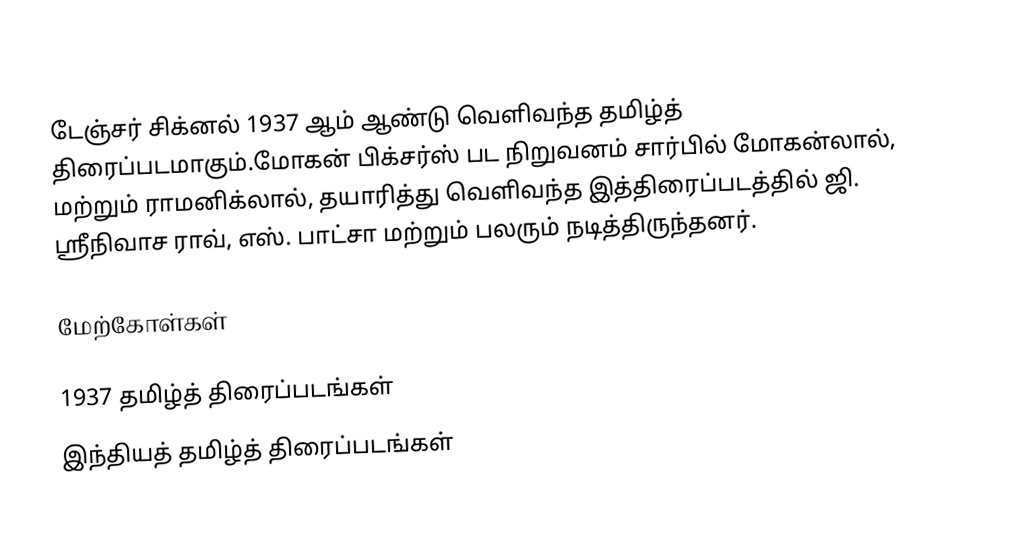
டேஞ்சர் சிக்னல் 1937 ஆம் ஆண்டு வெளிவந்த தமிழ்த் திரைப்படமாகும்.மோகன் பிக்சர்ஸ் பட நிறுவனம் சார்பில் மோகன்லால், மற்றும் ராமனிக்லால், தயாரித்து வெளிவந்த இத்திரைப்படத்தில் ஜி. ஸ்ரீநிவாச ராவ், எஸ். பாட்சா மற்றும் பலரும் நடித்திருந்தனர்.

மேற்கோள்கள்

1937 தமிழ்த் திரைப்படங்கள்
இந்தியத் தமிழ்த் திரைப்படங்கள்